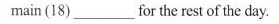
main (18) ___ for me rest of the day.